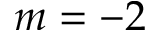
m = - 2